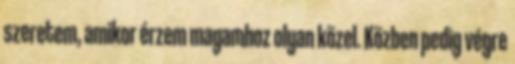
szeretem, amikor érzem magamhoz olyan közel. Közben pedig végre